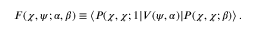
F ( \chi , \psi ; \alpha , \beta ) \equiv \langle P ( \chi , \chi ; 1 | V ( \psi , \alpha ) | P ( \chi , \chi ; \beta ) \rangle \, .